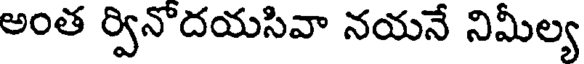
అంత ర్వినొదయసివా నయనే నిమీల్య